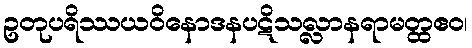
ဥတုပရိဿယဝိနောဒနပဋိသလ္လာနရာမတ္ထဧဝ၊